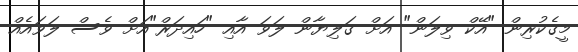
މީގެކުރިން "އޭކް ވިލަން" އަށް ގަލިޔާން ލަވަ އާއި "ހައިދަރް"އަށް ވެސް ލަވައެއް